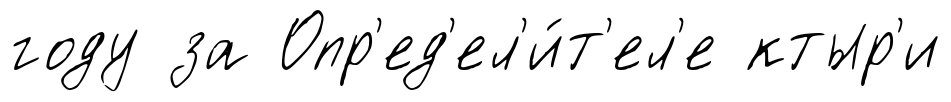
году за Опр'ед'ел'и́т'ел'е ктыр'и